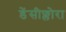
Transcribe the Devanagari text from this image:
डेंसीफ्लोरा